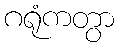
ဂရုံကတွာ